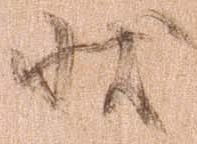
状